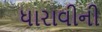
ધારાવીની